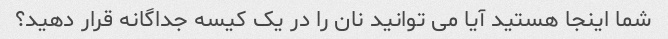
شما اینجا هستید آیا می توانید نان را در یک کیسه جداگانه قرار دهید؟